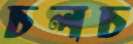
চলচ